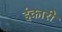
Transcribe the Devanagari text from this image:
इंकारी